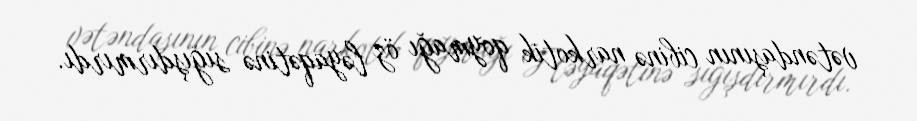
vətəndaşının cibinə narkotik qoymağı öz ləyaqətinə sığışdırmırdı.